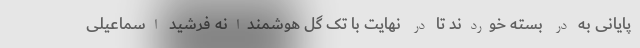
پایانی به در بسته خوردند تا در نهایت با تک گل هوشمندانه فرشید اسماعیلی